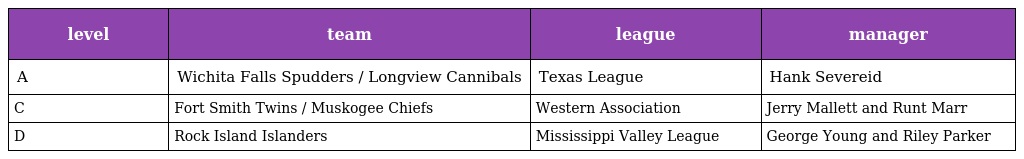
| level | team | league | manager |
 | --- | --- | --- | --- |
 | A | Wichita Falls Spudders / Longview Cannibals | Texas League | Hank Severeid |
 | C | Fort Smith Twins / Muskogee Chiefs | Western Association | Jerry Mallett and Runt Marr |
 | D | Rock Island Islanders | Mississippi Valley League | George Young and Riley Parker |